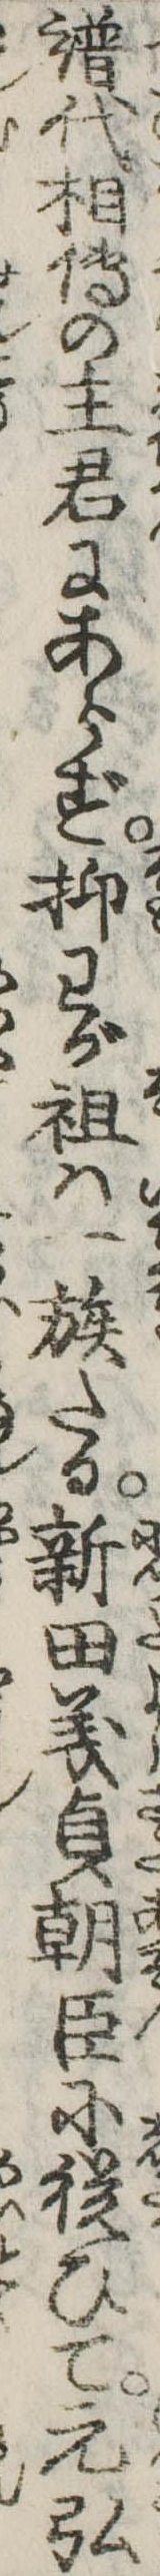
譜代相伝の主君にあらず抑わが祖は一族たる新田義貞朝臣に従ひて元弘